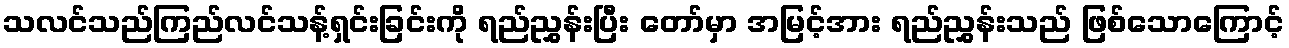
သလင်သည်ကြည်လင်သန့်ရှင်းခြင်းကို ရည်ညွှန်းပြီး တော်မှာ အမြင့်အား ရည်ညွှန်းသည် ဖြစ်သောကြောင့်